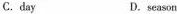
C.day D.season